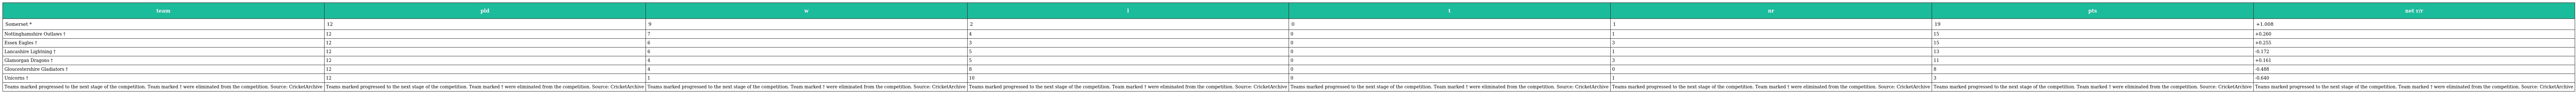
| team | pld | w | l | t | nr | pts | net r/r |
 | --- | --- | --- | --- | --- | --- | --- | --- |
 | Somerset * | 12 | 9 | 2 | 0 | 1 | 19 | +1.008 |
 | Nottinghamshire Outlaws † | 12 | 7 | 4 | 0 | 1 | 15 | +0.260 |
 | Essex Eagles † | 12 | 6 | 3 | 0 | 3 | 15 | +0.255 |
 | Lancashire Lightning † | 12 | 6 | 5 | 0 | 1 | 13 | -0.172 |
 | Glamorgan Dragons † | 12 | 4 | 5 | 0 | 3 | 11 | +0.161 |
 | Gloucestershire Gladiators † | 12 | 4 | 8 | 0 | 0 | 8 | -0.488 |
 | Unicorns † | 12 | 1 | 10 | 0 | 1 | 3 | -0.640 |
 | Teams marked progressed to the next stage of the competition. Team marked † were eliminated from the competition. Source: CricketArchive | Teams marked progressed to the next stage of the competition. Team marked † were eliminated from the competition. Source: CricketArchive | Teams marked progressed to the next stage of the competition. Team marked † were eliminated from the competition. Source: CricketArchive | Teams marked progressed to the next stage of the competition. Team marked † were eliminated from the competition. Source: CricketArchive | Teams marked progressed to the next stage of the competition. Team marked † were eliminated from the competition. Source: CricketArchive | Teams marked progressed to the next stage of the competition. Team marked † were eliminated from the competition. Source: CricketArchive | Teams marked progressed to the next stage of the competition. Team marked † were eliminated from the competition. Source: CricketArchive | Teams marked progressed to the next stage of the competition. Team marked † were eliminated from the competition. Source: CricketArchive |